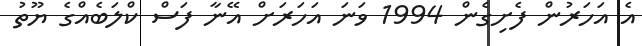
އެ އަހަރުން ފެށިގެން 1994 ވަނަ އަހަރަށް އޭނާ ފަސް ކްލަބެއްގެ ޔޫތު